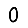
Digit: 0